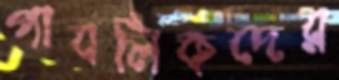
পাবলিকদের